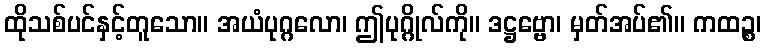
ထိုသစ်ပင်နှင့်တူသော။ အယံပုဂ္ဂလော၊ ဤပုဂ္ဂိုလ်ကို။ ဒဋ္ဌဗ္ဗော၊ မှတ်အပ်၏။ ကထဉ္စ၊